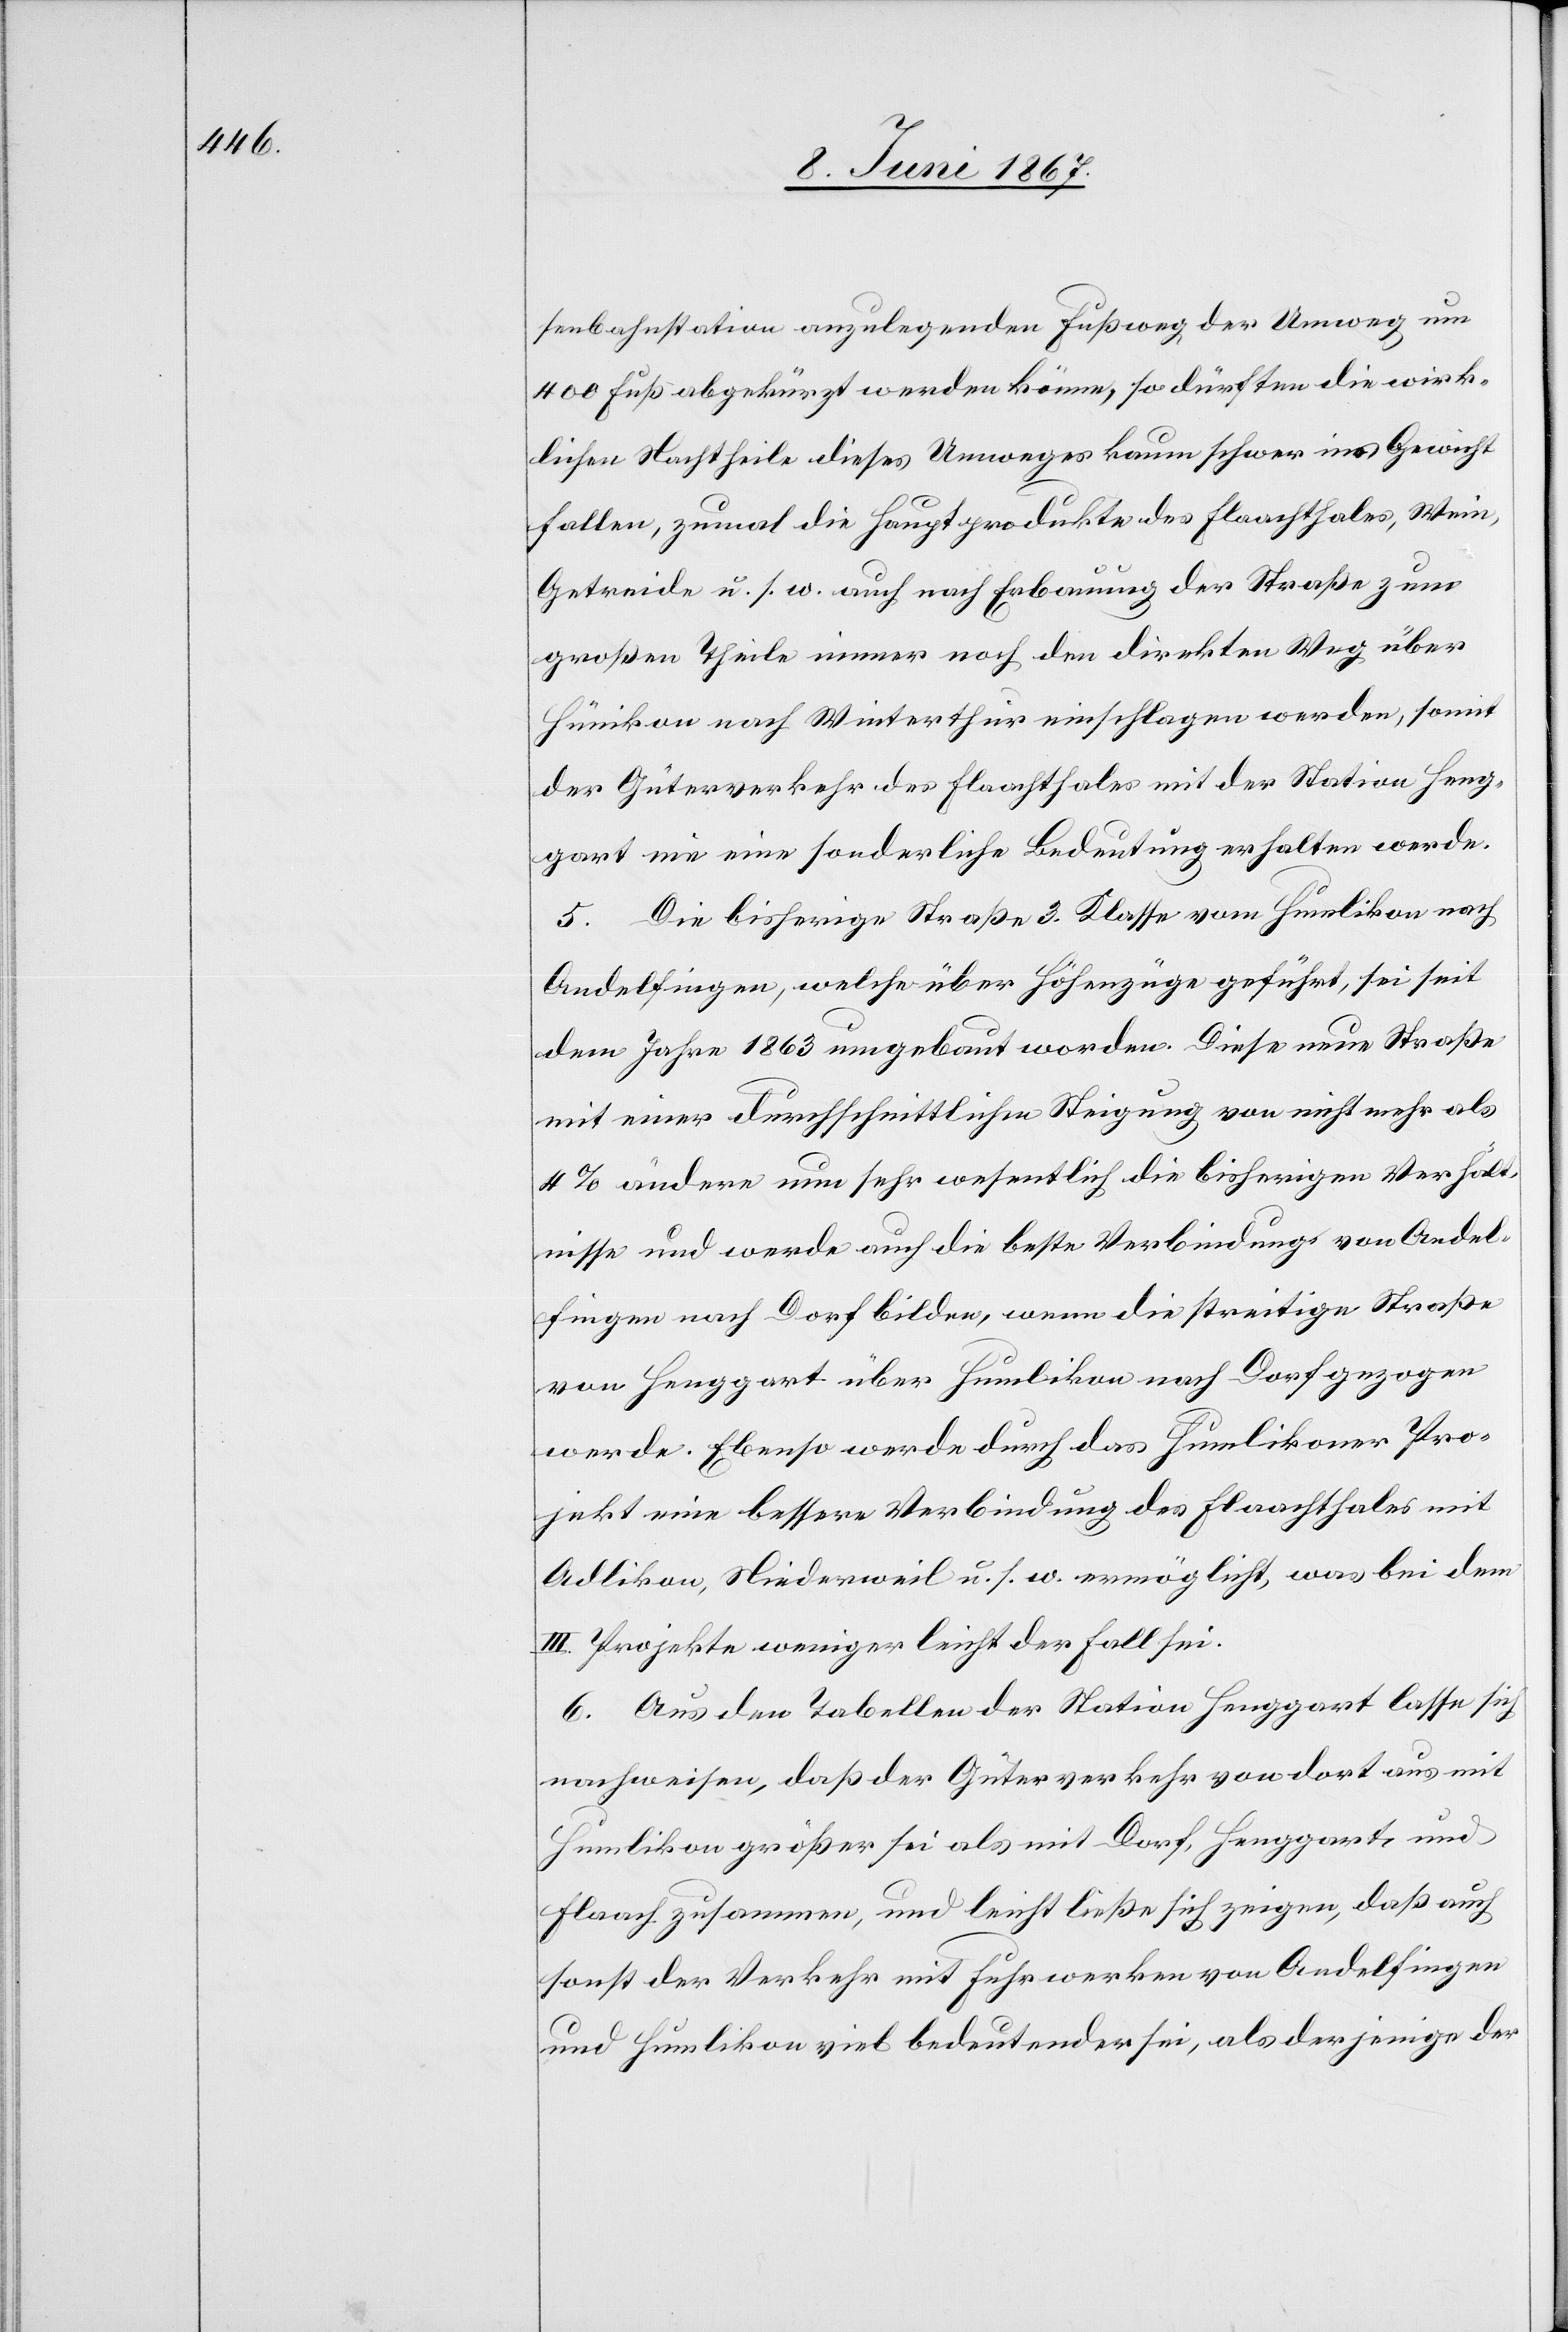
senbahnstation anzulegenden Fußweg der Umweg um
400 Fuß abgekürzt werden könne, so dürften die wirk¬
lichen Nachtheile dieses Umweges kaum schwer ins Gewicht
fallen, zumal die Hauptprodukte des Flaachthales, Wein,
Getreide u. s. w. auch nach Erbauung der Straße zum
großen Theile immer noch den direkten Weg über
Humlikon nach Winterthur einschlagen werden, somit
der Güterverkehr des Flaachthales mit der Station Heng¬
gart nie eine sonderliche Bedeutung erhalten werde.
5. Die bisherige Straße 3. Klasse von Humlikon nach
Andelfingen, welche über Höhenzüge geführt, sei seit
dem Jahr 1863 umgebaut worden. Diese neue Straße
mit einer durchschnittlichen Steigung von nicht mehr als
4% ändere nun sehr wesentlich die bisherigen Verhäl¬
tnisse und werde auch die beste Verbindung von Andel¬
fingen nach Dorf bilden, wenn die streitige Straße
von Henggart über Humlikon nach Dorf gezogen
werde. Ebenso werde durch das Humlikoner Pro¬
jekt eine bessere Verbindung des Flachthales mit
Adlikon, Niederweil u. s. w. ermöglicht, was bei dem
III. Projekte weniger leicht der Fall sei.
6. Aus den Tabellen der Station Henggart lasse sich
nachweisen, daß der Güterverkehr von dort aus mit
Humlikon größer sei als mit Dorf, Henggart und
Flaach zusammen, und leicht ließe sich zeigen, daß auch
sonst der Verkehr mit Fuhrwerken von Andelfingen
und Humlikon viel bedeutender sei, als derjenige der